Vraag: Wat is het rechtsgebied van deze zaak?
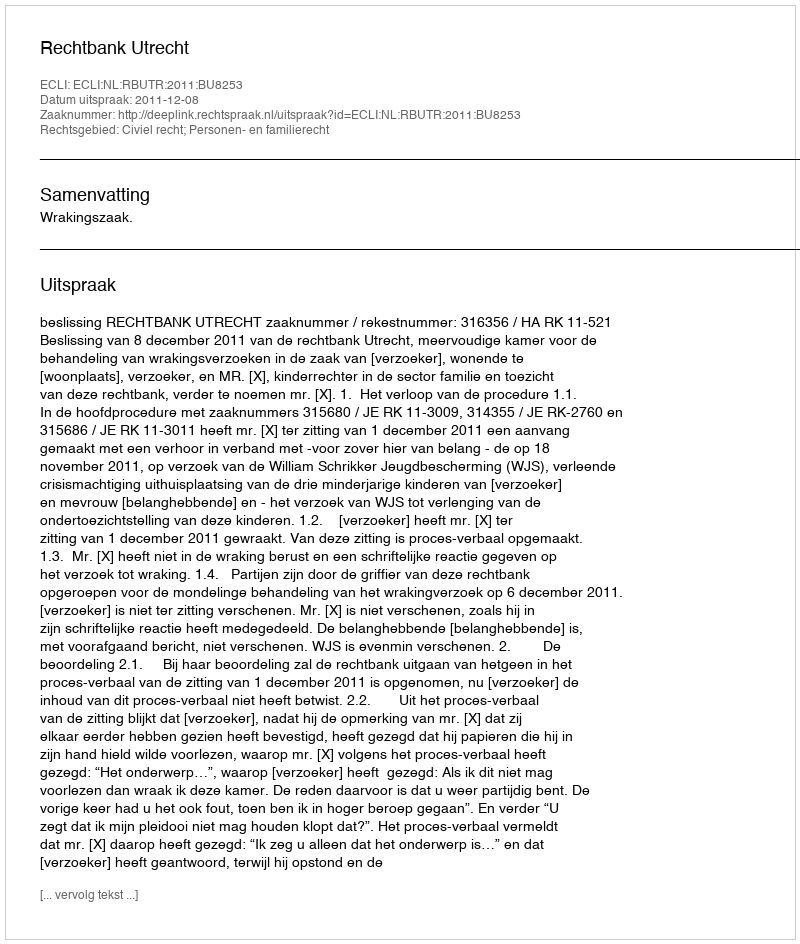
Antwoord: Civiel recht; Personen- en familierecht